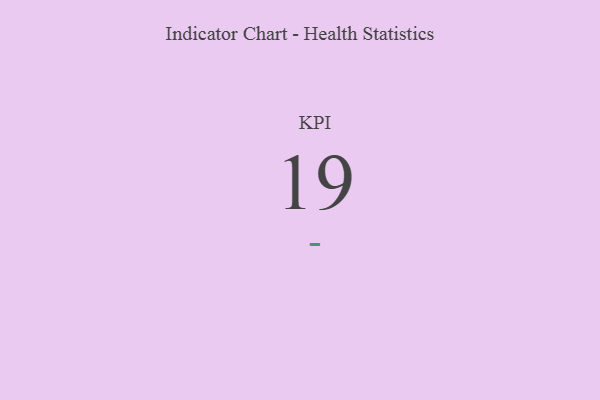
{"axis": {"x": "KPI", "y": "Value"}, "legend": [""], "data": [{"x": "KPI", "y": 19, "type": ""}]}